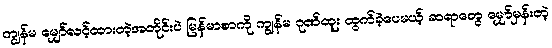
ကျွန်မ မျှော်လင့်ထားတဲ့အတိုင်းပဲ မြန်မာစာကို ကျွန်မ ဂုဏ်ထူး ထွက်ခဲ့ပေမယ့် ဆရာတွေ မျှော်မှန်းတဲ့